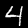
Label: 4